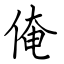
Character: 俺